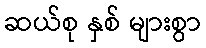
ဆယ်စု နှစ် များစွာ